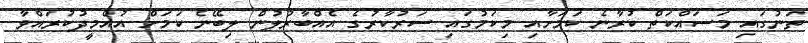
ތަނުގައި މަސައްކަތް ކުރާނެ ކަމަށާއި މިކަމުގައި ސަރުކާރުގެ އެއްބާރުލުން ލިބޭނެ ކަމަށް އުއްމީދުކުރައްވާ